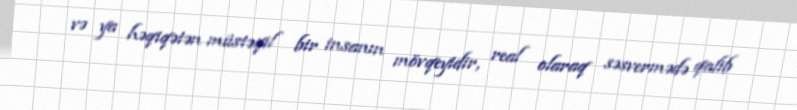
və ya həqiqətən müstəqil bir insanın mövqeyidir, real olaraq səsvermədə qalib